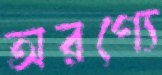
অরণ্যে